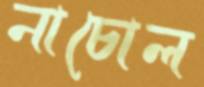
নাচোল